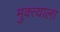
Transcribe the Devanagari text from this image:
मुक्त्याला